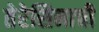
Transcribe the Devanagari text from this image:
तेरेसिनाची